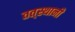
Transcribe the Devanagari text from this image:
तत्‌स्थानी